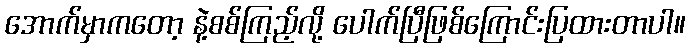
အောက်မှာကတော့ နဲ့စစ်ကြည့်လို့ ပေါက်ပြီဖြစ်ကြောင်းပြထားတာပါ။